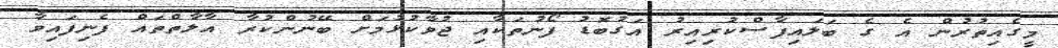
މީގެއިތުރުން އެ ގެ ބަލައިފާސްކުރިއިރު އަގުބޮޑު ފޯނުތަކާއި ޖުވާކުޅުމަށް ބޭނުންކުރާ އާލާތްތައް ފެނިފައިވާ